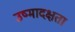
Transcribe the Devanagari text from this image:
उष्मादक्षता